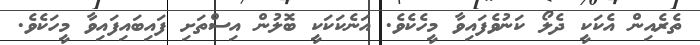
ތެރެއިން އެކަކީ ދެލޯ ކަނުވެފައިވާ މީހެކެވެ. އަނެކަކަކީ ބޮލުން އިސްތަށި ފައިބައިފައިވާ މީހަކެވެ.